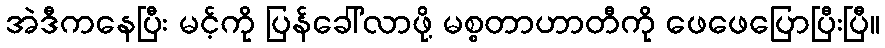
အဲဒီကနေပြီး မင့်ကို ပြန်ခေါ်လာဖို့ မစ္စတာဟာတီကို ဖေဖေပြောပြီးပြီ။